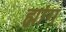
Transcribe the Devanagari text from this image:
ह्मांग